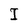
Character: I